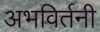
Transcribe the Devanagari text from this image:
अभविर्तनी